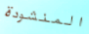
المنشودة